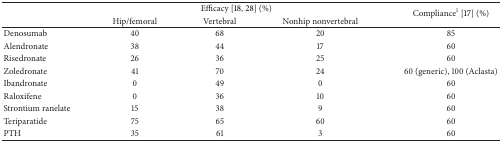
<table><thead><tr><td><b> </b></td><td colspan="3"><b>Efficacy [18, 28] (%)</b></td><td rowspan="2"><b>Compliance<sup>1</sup> [17] (%)</b></td></tr><tr><td><b> </b></td><td><b>Hip/femoral</b></td><td><b>Vertebral</b></td><td><b>Nonhip nonvertebral</b></td></tr></thead><tbody><tr><td>Denosumab</td><td>40</td><td>68</td><td>20</td><td>85</td></tr><tr><td>Alendronate</td><td>38</td><td>44</td><td>17</td><td>60</td></tr><tr><td>Risedronate </td><td>26</td><td>36</td><td>25</td><td>60</td></tr><tr><td>Zoledronate</td><td>41</td><td>70</td><td>24</td><td>60 (generic), 100 (Aclasta)</td></tr><tr><td>Ibandronate</td><td>0</td><td>49</td><td>0</td><td>60</td></tr><tr><td>Raloxifene</td><td>0</td><td>36</td><td>10</td><td>60</td></tr><tr><td>Strontium ranelate</td><td>15</td><td>38</td><td>9</td><td>60</td></tr><tr><td>Teriparatide</td><td>75</td><td>65</td><td>60</td><td>60</td></tr><tr><td>PTH</td><td>35</td><td>61</td><td>3</td><td>60</td></tr></tbody></table>